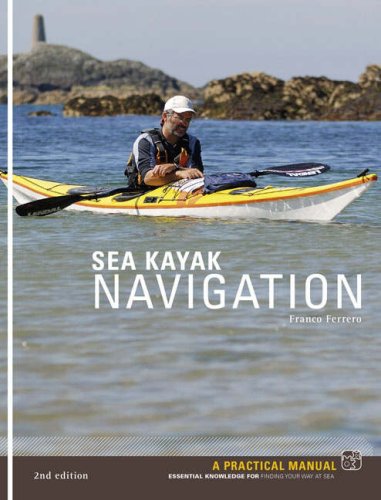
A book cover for Sea Kayak Navigation: A Practical Manual, Essential Knowledge for Finding Your Way at Sea; Franco Ferrero; Sports & Outdoors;